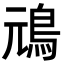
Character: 䲮